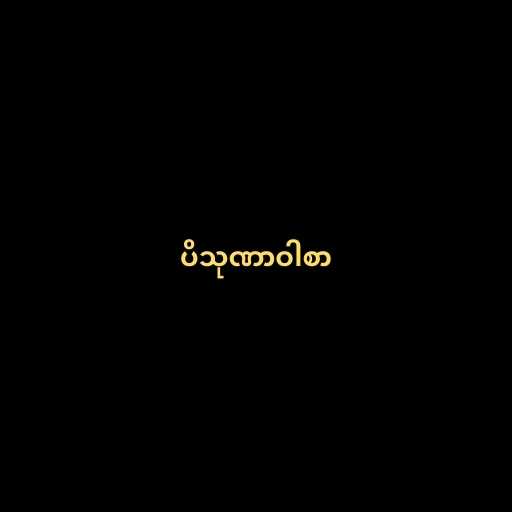
ပိသုဏာဝါစာ